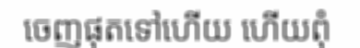
ចេញផុតទៅហើយ ហើយពុំ